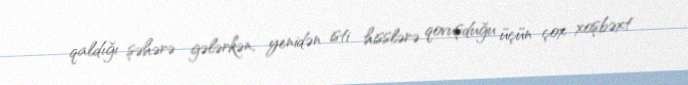
qaldığı şəhərə gələrkən, yenidən isti hisslərə qovuşduğu üçün çox xoşbəxt